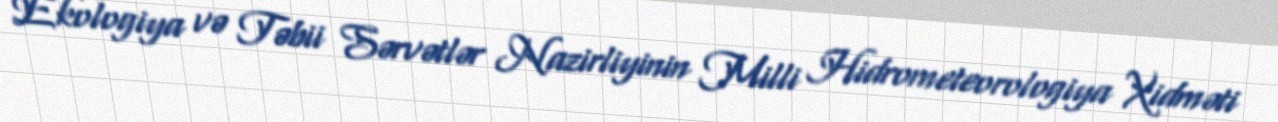
Ekologiya və Təbii Sərvətlər Nazirliyinin Milli Hidrometeorologiya Xidməti